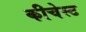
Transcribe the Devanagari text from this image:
कीचेस्ट